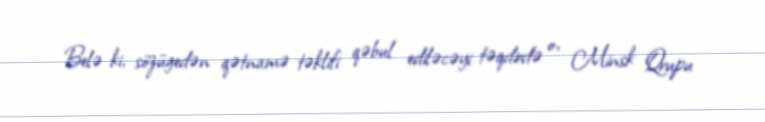
Belə ki, sözügedən qətnamə təklifi qəbul ediləcəyi təqdirdə o, Minsk Qrupu